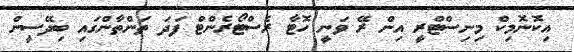
އިކޮނޮމިކް މިނިސްޓްރީ އިން ރޭ ވަނީ ހޮޓާ ރެސްޓޯރެންޓް ފަދަ ތަންތާންގައި ބިދޭސީން